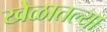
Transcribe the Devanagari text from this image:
खेळातल्या